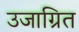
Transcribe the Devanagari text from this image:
उजाग्रित